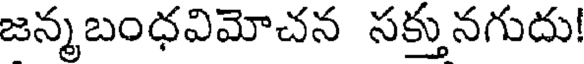
జన్మబంధవిమోచన సక్తునగుదు!